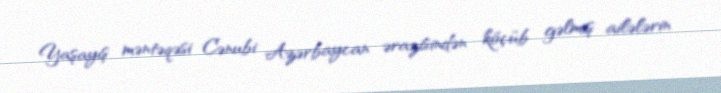
Yaşayış məntəqəsi Cənubi Azərbaycan ərazisindən köçüb gəlmiş ailələrin